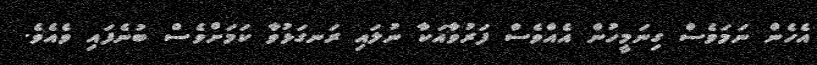
އެހެން ނަމަވެސް ގިނަމީހުން އެއްވެސް ފަރުވާއަކާ ނުލައި ރަނގަޅުވާ ކަމަށްވެސް ބުނެފައި ވެއެވެ.